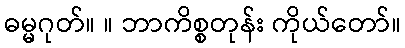
ဓမ္မဂုတ်။ ။ ဘာကိစ္စတုန်း ကိုယ်တော်။